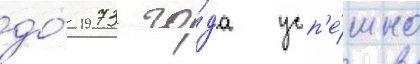
до́ 1973 го́да усп'е́шно